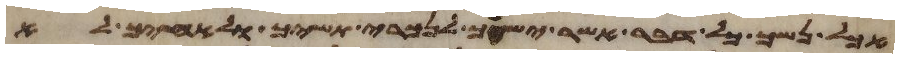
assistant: אכל נשך כל דבר אשר ישך לנכרי תשיך ולאחיך לא